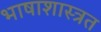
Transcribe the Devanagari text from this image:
भाषाशास्त्रत